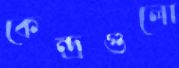
কেন্দ্রগুলো